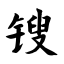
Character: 锼